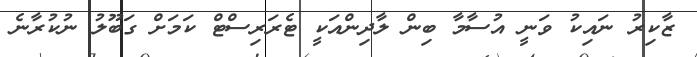
ޒާކިރު ނައިކު ވަނީ އުސާމާ ބިން ލާދިންއަކީ ޓެރަރިސްޓް ކަމަށް ގަބޫލު ނުކުރާނެ